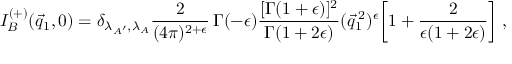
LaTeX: I _ { B } ^ { ( + ) } ( \vec { q } _ { 1 } , 0 ) = \delta _ { \lambda _ { A ^ { \prime } } , \lambda _ { A } } \frac { 2 } { ( 4 \pi ) ^ { 2 + \epsilon } } \, \Gamma ( - \epsilon ) \frac { [ \Gamma ( 1 + \epsilon ) ] ^ { 2 } } { \Gamma ( 1 + 2 \epsilon ) } ( \vec { q } _ { 1 } ^ { \: 2 } ) ^ { \epsilon } \biggl [ 1 + \frac { 2 } { \epsilon ( 1 + 2 \epsilon ) } \biggr ] \; ,